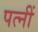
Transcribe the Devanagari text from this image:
पत्नीं